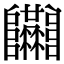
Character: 𨽴